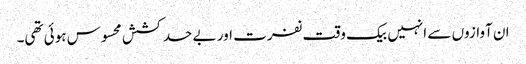
ان آوازوں سے انہیں بیک وقت نفرت اور بے حد کشش محسوس ہوئی تھی۔